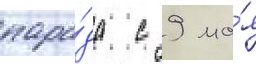
пара́да с 9 ма́я